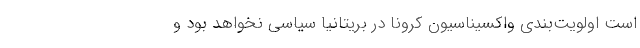
است اولویت‌بندی واکسیناسیون کرونا در بریتانیا سیاسی نخواهد بود و